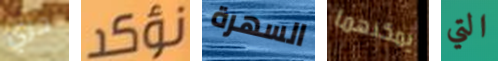
حري نؤكد السهرة يمكنهما التي